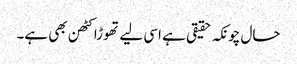
حال چونکہ حقیقی ہے اسی لیے تھوڑا کٹھن بھی ہے۔